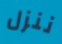
ننزل